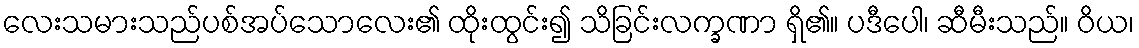
လေးသမားသည်ပစ်အပ်သောလေး၏ ထိုးထွင်း၍ သိခြင်းလက္ခဏာ ရှိ၏။ ပဒီပေါ၊ ဆီမီးသည်။ ဝိယ၊